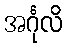
အင်္ဂုလိ